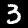
Label: 3